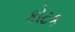
કોટક